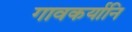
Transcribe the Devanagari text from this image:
गावकर्यानि